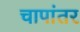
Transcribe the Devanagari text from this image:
चापांतर